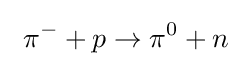
\ \pi ^{-}+p\rightarrow \pi ^{0}+n~